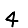
Digit: 4